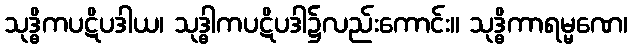
သုဒ္ဓိကပဋိပဒါယ၊ သုဒ္ဓါကပဋိပဒါ၌လည်းကောင်း။ သုဒ္ဓိကာရမ္မဏေ၊